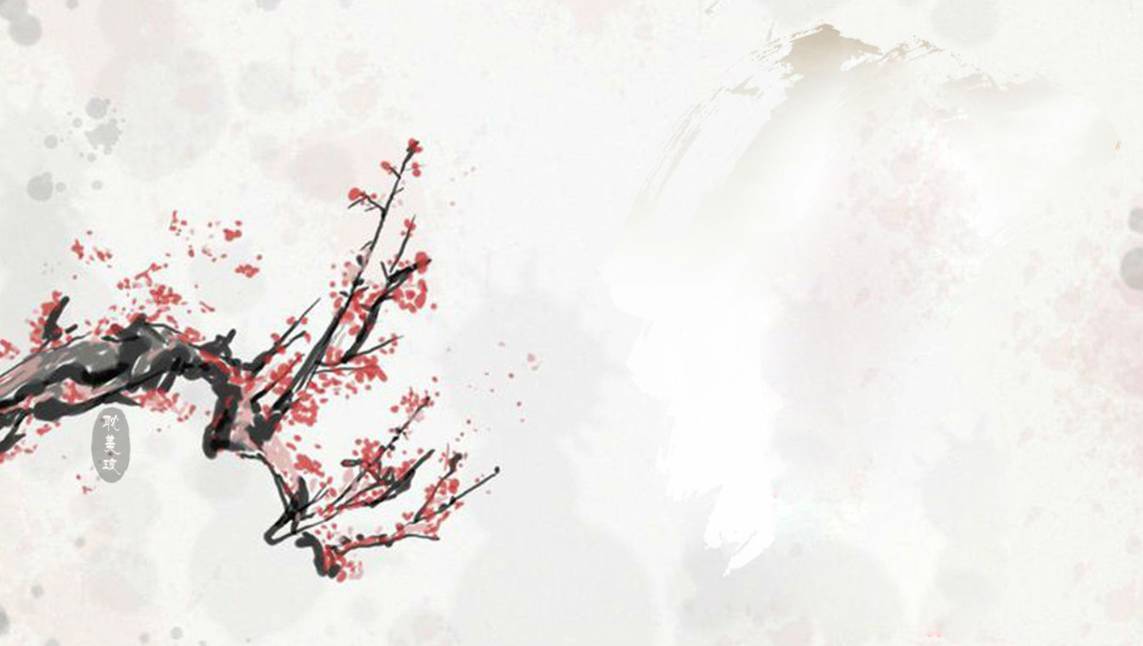
多少天涯未归客，尽借篱落看秋风。